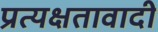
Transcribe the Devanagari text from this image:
प्रत्यक्षतावादी